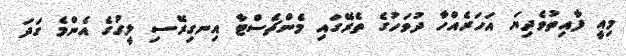
މިއީ ފާއިތުވެދިޔަ އަހަރެއްހާ ދުވަހުގެ ތެރޭގައި މެންޗެސްޓާ އިނގިރޭސި ލީގުގެ އެންމެ ގަދަ